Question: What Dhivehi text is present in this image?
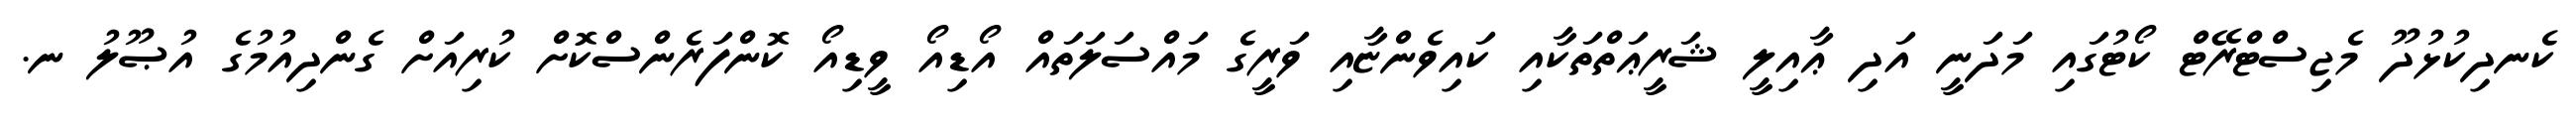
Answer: ކެނދިކުޅުދޫ މެޖިސްޓްރޭޓް ކޯޓުގައި މަދަނީ އަދި ޢާއިލީ ޝަރީޢަތްތަކާއި ކައިވެންޏާއި ވަރީގެ މައްސަލަތައް އޯޑިއޯ ވީޑިއޯ ކޮންފަރެންސްކޮށް ކުރިއަށް ގެންދިއުމުގެ އުޞޫލު ނ.